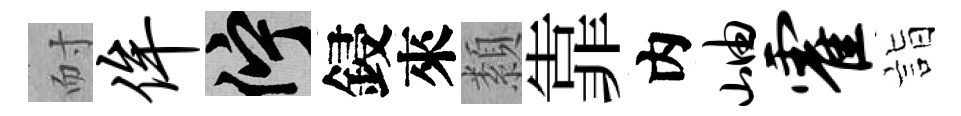
耐侔伫鋟來纇靠内岫霍詣